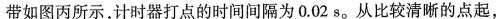
带如图丙所示，计时器打点的时间间隔为0.02s。从比较清晰的点起，